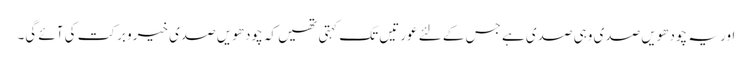
اور یہ چودھویں صدی وہی صدی ہے جس کے لئے عورتیں تک کہتی تھیں کہ چودھویں صدی خیرو برکت کی آئے گی۔